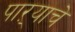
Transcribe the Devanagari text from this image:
पाऱ्याचे